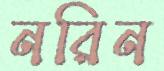
নরিন